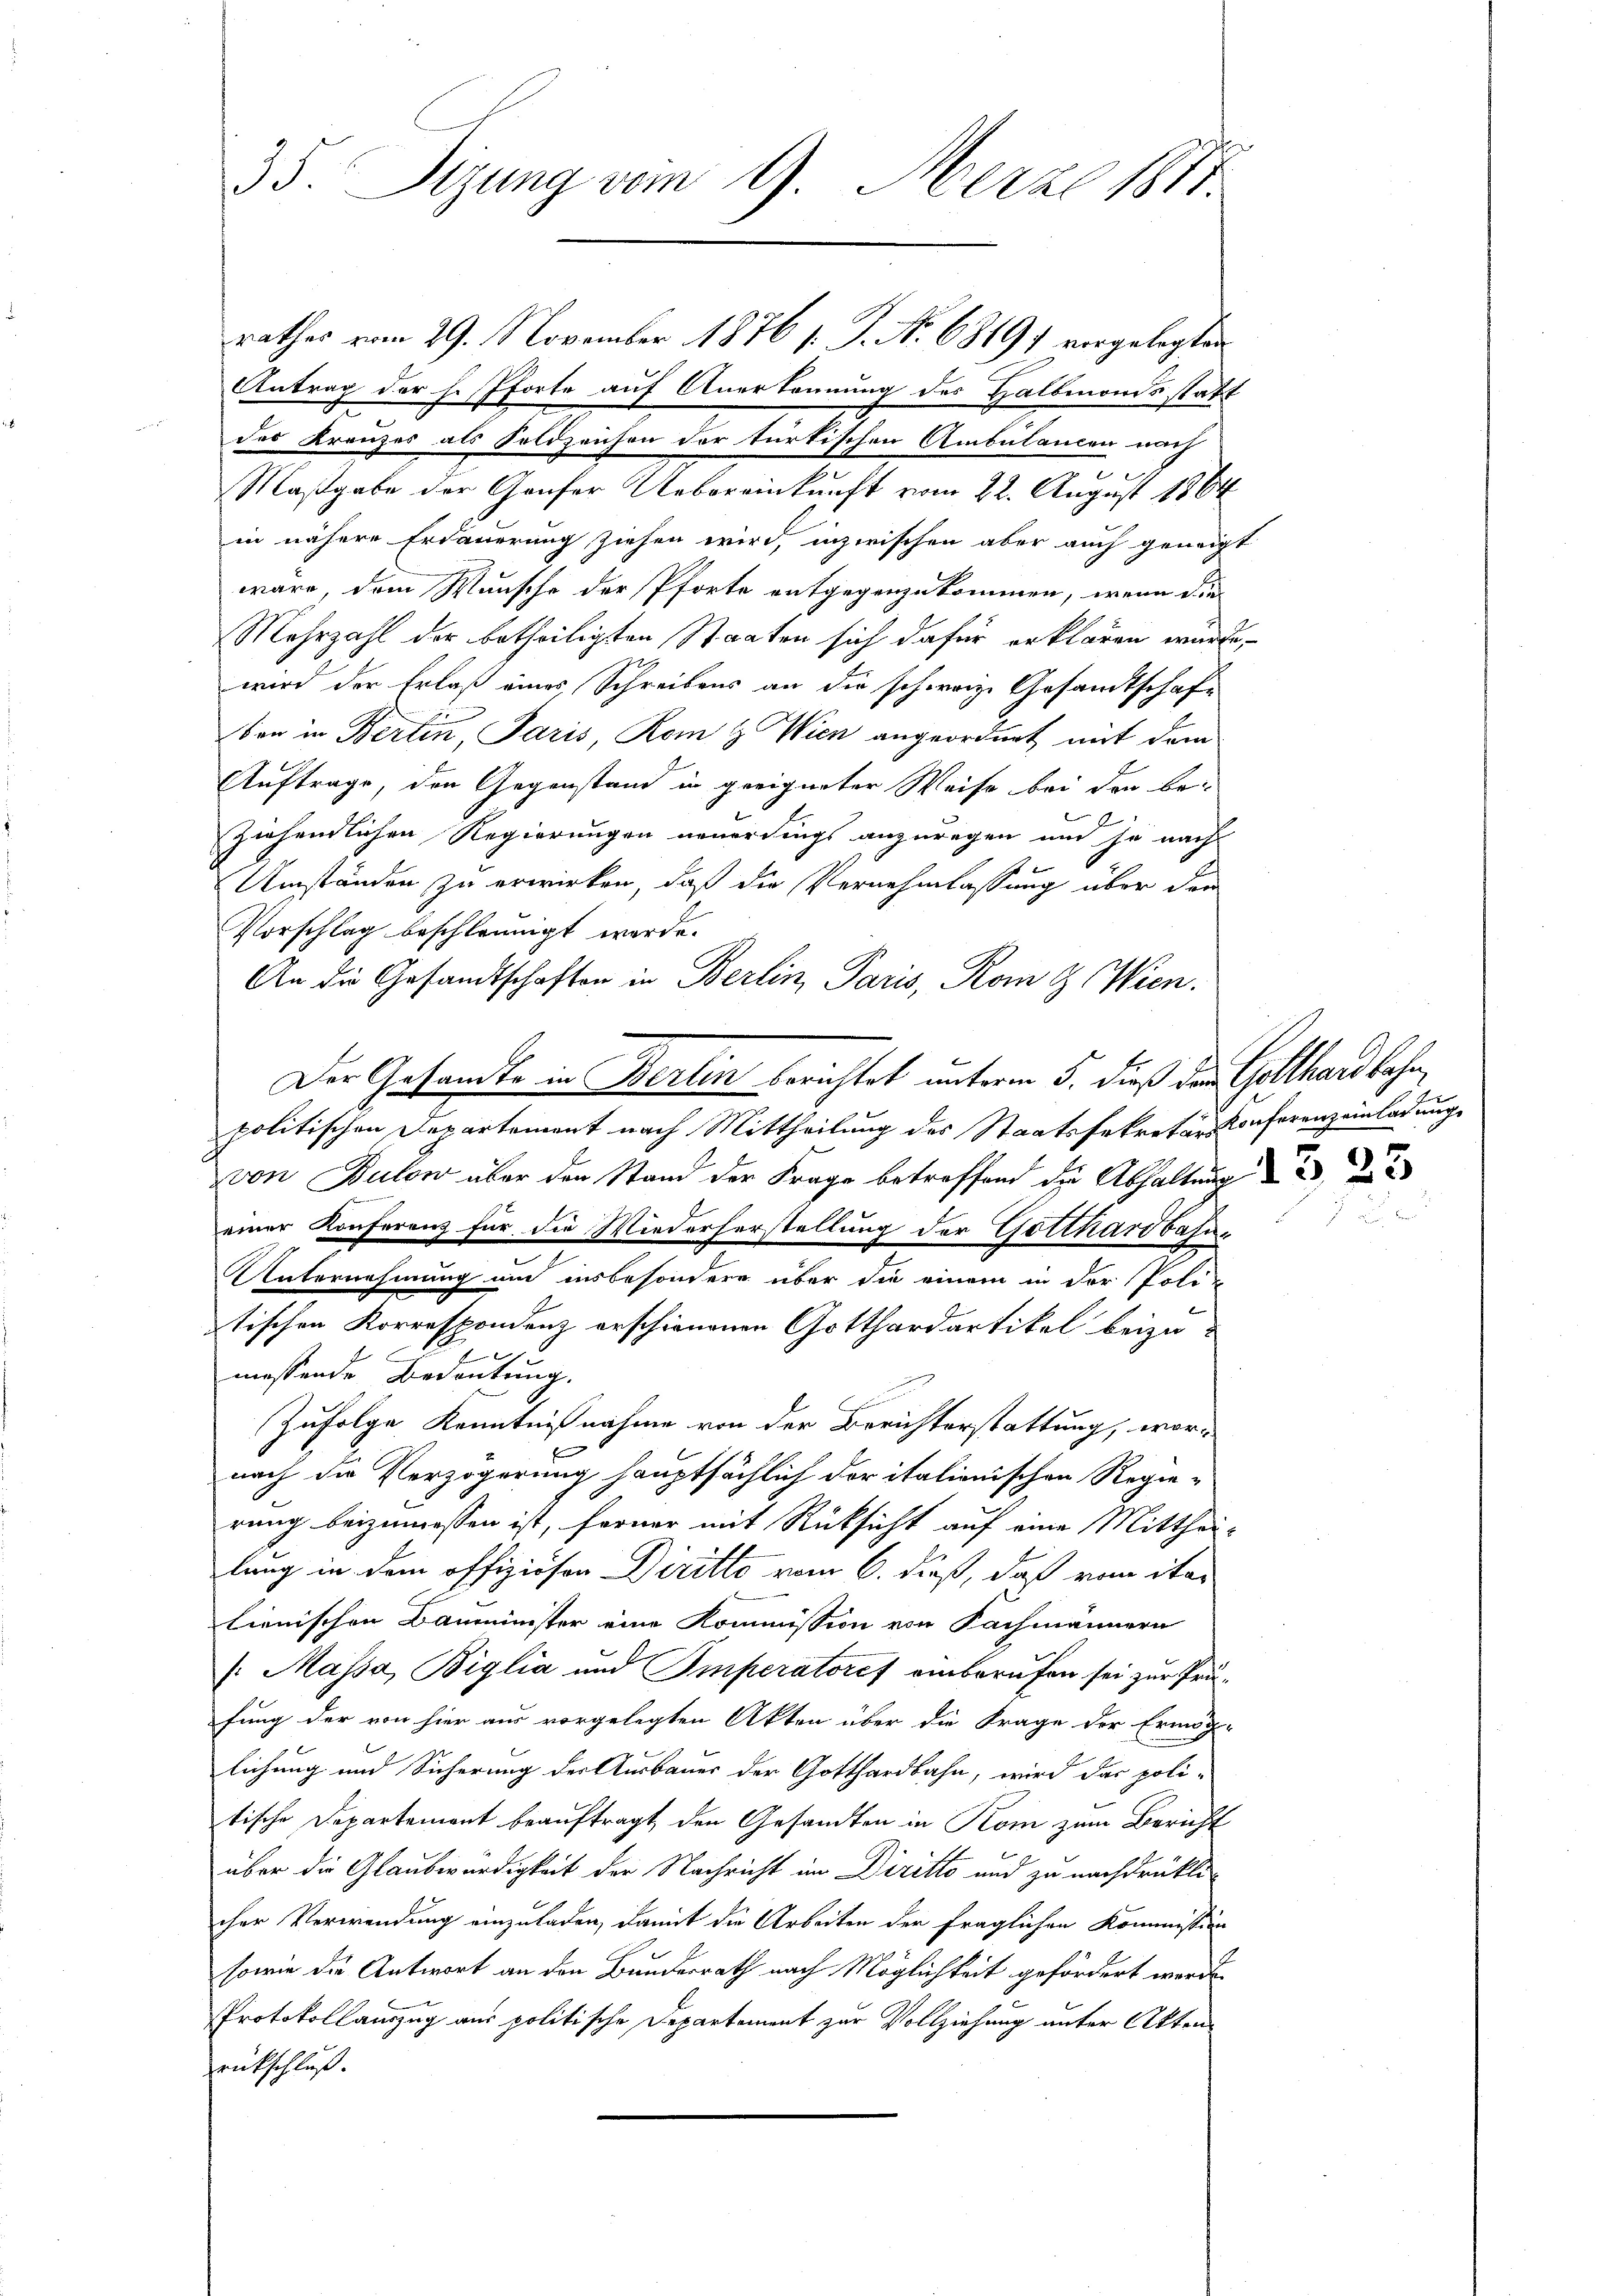
rathes vom 29. November 1876 s. P. Nr. 6819) vorgelegten
Antrag der h. Pforte auf Anerkennung des Halbmonds statt
des Kreuzes als Soldzeichen der türkischen Ambulancen nach
.
La
Maßgabe der Genfer Uebereinkunft vom 22. August 1864
in nähere Erdauerung ziehen wird, inzwischen aber auch geneigt
wäre, dem Wunsche der Pforte entgegenzukommen, wenn die
Mehrzahl der betheiligten Staaten sich dafür erklären würde,
wird der Erlaß eines Schreibens an die schweiz. Gesandtschaft
von in Bertin, Paris, Rom & Wien angeordnet mit dem
Auftrage, den Gegenstand in geeigneter Weise bei den be-
ziehendlichen Regierungen neuerdings anzuregen und je nach
Umständen zu erwirken, daß die Vernehmlassung über den
Vorschlag beschleunigt werde.
An die Gesandtschaften in Berlin, Paris, Rom & Wien.
Der Gesandte in Berlin berichtet unterm 5. dieß der Gotthardbahn
politischen Departement nach Mittheilung des Staatssekretärs-Conferenz einladung
von Bülow über den Stand der Frage betreffend die Abhaltung
einer Konferenz für die Wiederherstellung der Gotthardbahne
Unternehmung um insbesondere über die einem in der Politischen Korrespondenz erschienenen Gotthardartikel beizu-
messende Bedeutung.
Zufolge Kenntnißnahme von der Berichterstattung, wor-
nach die Verzögerung hauptsächlich doritationischen Regierung beizumessen ist, ferner mit Rücksicht auf eine Mitthei-
lung in dem offiziösen Diritto vom 6. dieß, daß vom itar
lienischen Bauminister eine Kommission von Fachmännern
 Massa, Biglia und Imperatores einberufen sei zur Prüfung der von hier aus vorgelegten Akten über die Frage der Ermög-
lichung und Sicherung der Ausbauer der Gotthardbahn, wird das poli-
tische Departement beauftragt den Gesandten in Kom zum Bericht
über die Glaubwürdigkeit der Nachricht im Diritto und zu nachdrüklicher Verwendung einzuladen, damit die Arbeiten der fraglichen Kommission
sowie die Antwort an den Bundesrath nach Möglichkeit gefördert werde
Protokollauszug aus politische Departement zur Vollziehung unter Akten
rückschluß.

35. Sizung vom 9. März 1811.